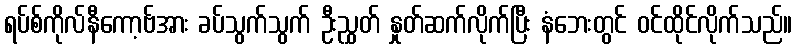
ရပ်စ်ကိုလ်နီကော့ဗ်အား ခပ်သွက်သွက် ဦးညွှတ် နှုတ်ဆက်လိုက်ပြီး နံဘေးတွင် ဝင်ထိုင်လိုက်သည်။